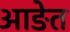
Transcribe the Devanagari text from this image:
आङेत